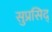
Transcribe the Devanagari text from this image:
सुप्रसिद्